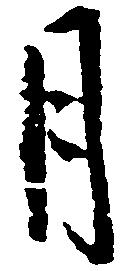
月